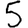
Digit: 5